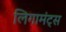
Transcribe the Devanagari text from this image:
लिगामंट्स